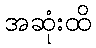
အဆုံးထိ